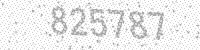
Solution: 825787